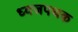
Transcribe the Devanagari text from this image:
ध्वजपथक